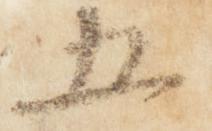
五